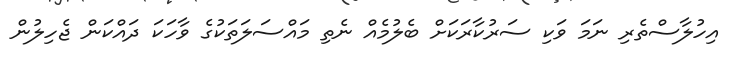
އިހުލާސްތެރި ނަމަ ވަކި ސަރުކާރަކަށް ބެލުމެއް ނެތި މައްސަލަތަކުގެ ވާހަކަ ދައްކަން ޖެހިލުން